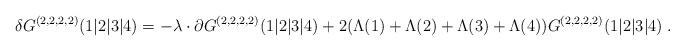
LaTeX: \begin{align*} \delta G^{(2,2,2,2)}(1\vert 2\vert 3\vert 4) = -\lambda\cdot\partial G^{(2,2,2,2)}(1\vert 2\vert 3\vert 4) + 2(\Lambda(1) + \Lambda(2) + \Lambda(3)+ \Lambda(4)) G^{(2,2,2,2)}(1\vert 2\vert 3\vert 4) \;.\end{align*}